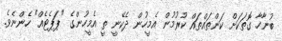
ބުނާހާ ގޮތަކަށް ކަންތައްތައް ކުރުމުން އެމީހުން ދެކޭނީ ތީ އެމީހުންގެ "ޕަޕެޓެއް" ހެންނެވެ.